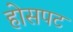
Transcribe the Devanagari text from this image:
होसपट